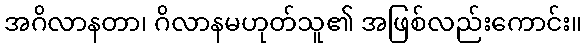
အဂိလာနတာ၊ ဂိလာနမဟုတ်သူ၏ အဖြစ်လည်းကောင်း။